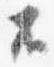
不